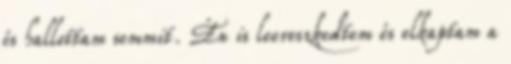
és hallottam semmit. Én is leereszkedtem és elkaptam a